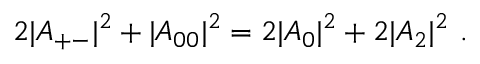
2 \vert A _ { + - } \vert ^ { 2 } + \vert A _ { 0 0 } \vert ^ { 2 } = 2 \vert A _ { 0 } \vert ^ { 2 } + 2 \vert A _ { 2 } \vert ^ { 2 } \ .